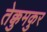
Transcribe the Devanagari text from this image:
तेक्कुमकुर